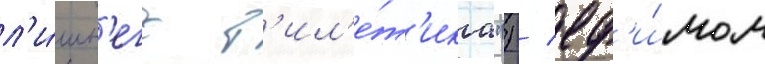
л'и́шн'его б'ил'е́т'ика") / еф'и́мом